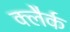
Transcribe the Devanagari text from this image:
क्लैर्क